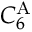
C _ { 6 } ^ { \mathrm { A } }